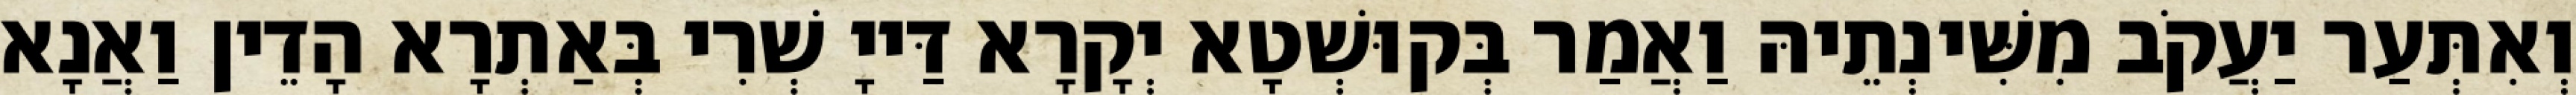
וְאִתְּעַר יַעֲקֹב מִשִּׁינְתֵיהּ וַאֲמַר בְּקוּשְׁטָא יְקָרָא דַּייָ שְׁרִי בְּאַתְרָא הָדֵין וַאֲנָא